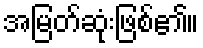
အမြတ်ဆုံးဖြစ်၏။